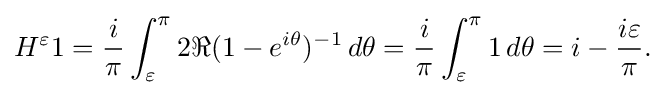
\displaystyle {H^{\varepsilon }{1}={i \over \pi }\int _{\varepsilon }^{\pi }2\Re (1-e^{i\theta })^{-1}\,d\theta ={i \over \pi }\int _{\varepsilon }^{\pi }1\,d\theta =i-{i\varepsilon  \over \pi }.}